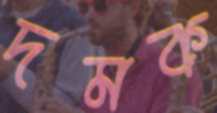
দমক